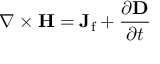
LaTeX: \nabla \times \mathbf { H } = \mathbf { J } _ { \mathrm { f } } + { \frac { \partial \mathbf { D } } { \partial t } }